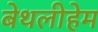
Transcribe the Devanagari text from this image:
बेथलीहेम